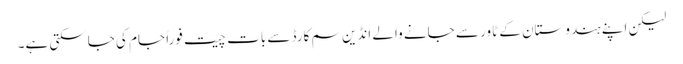
لیکن اپنے ہندوستان کے ٹاور سے جانے والے انڈین سم کارڈ سے بات چیت فوراً جام کی جاسکتی ہے۔